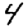
Digit: 4